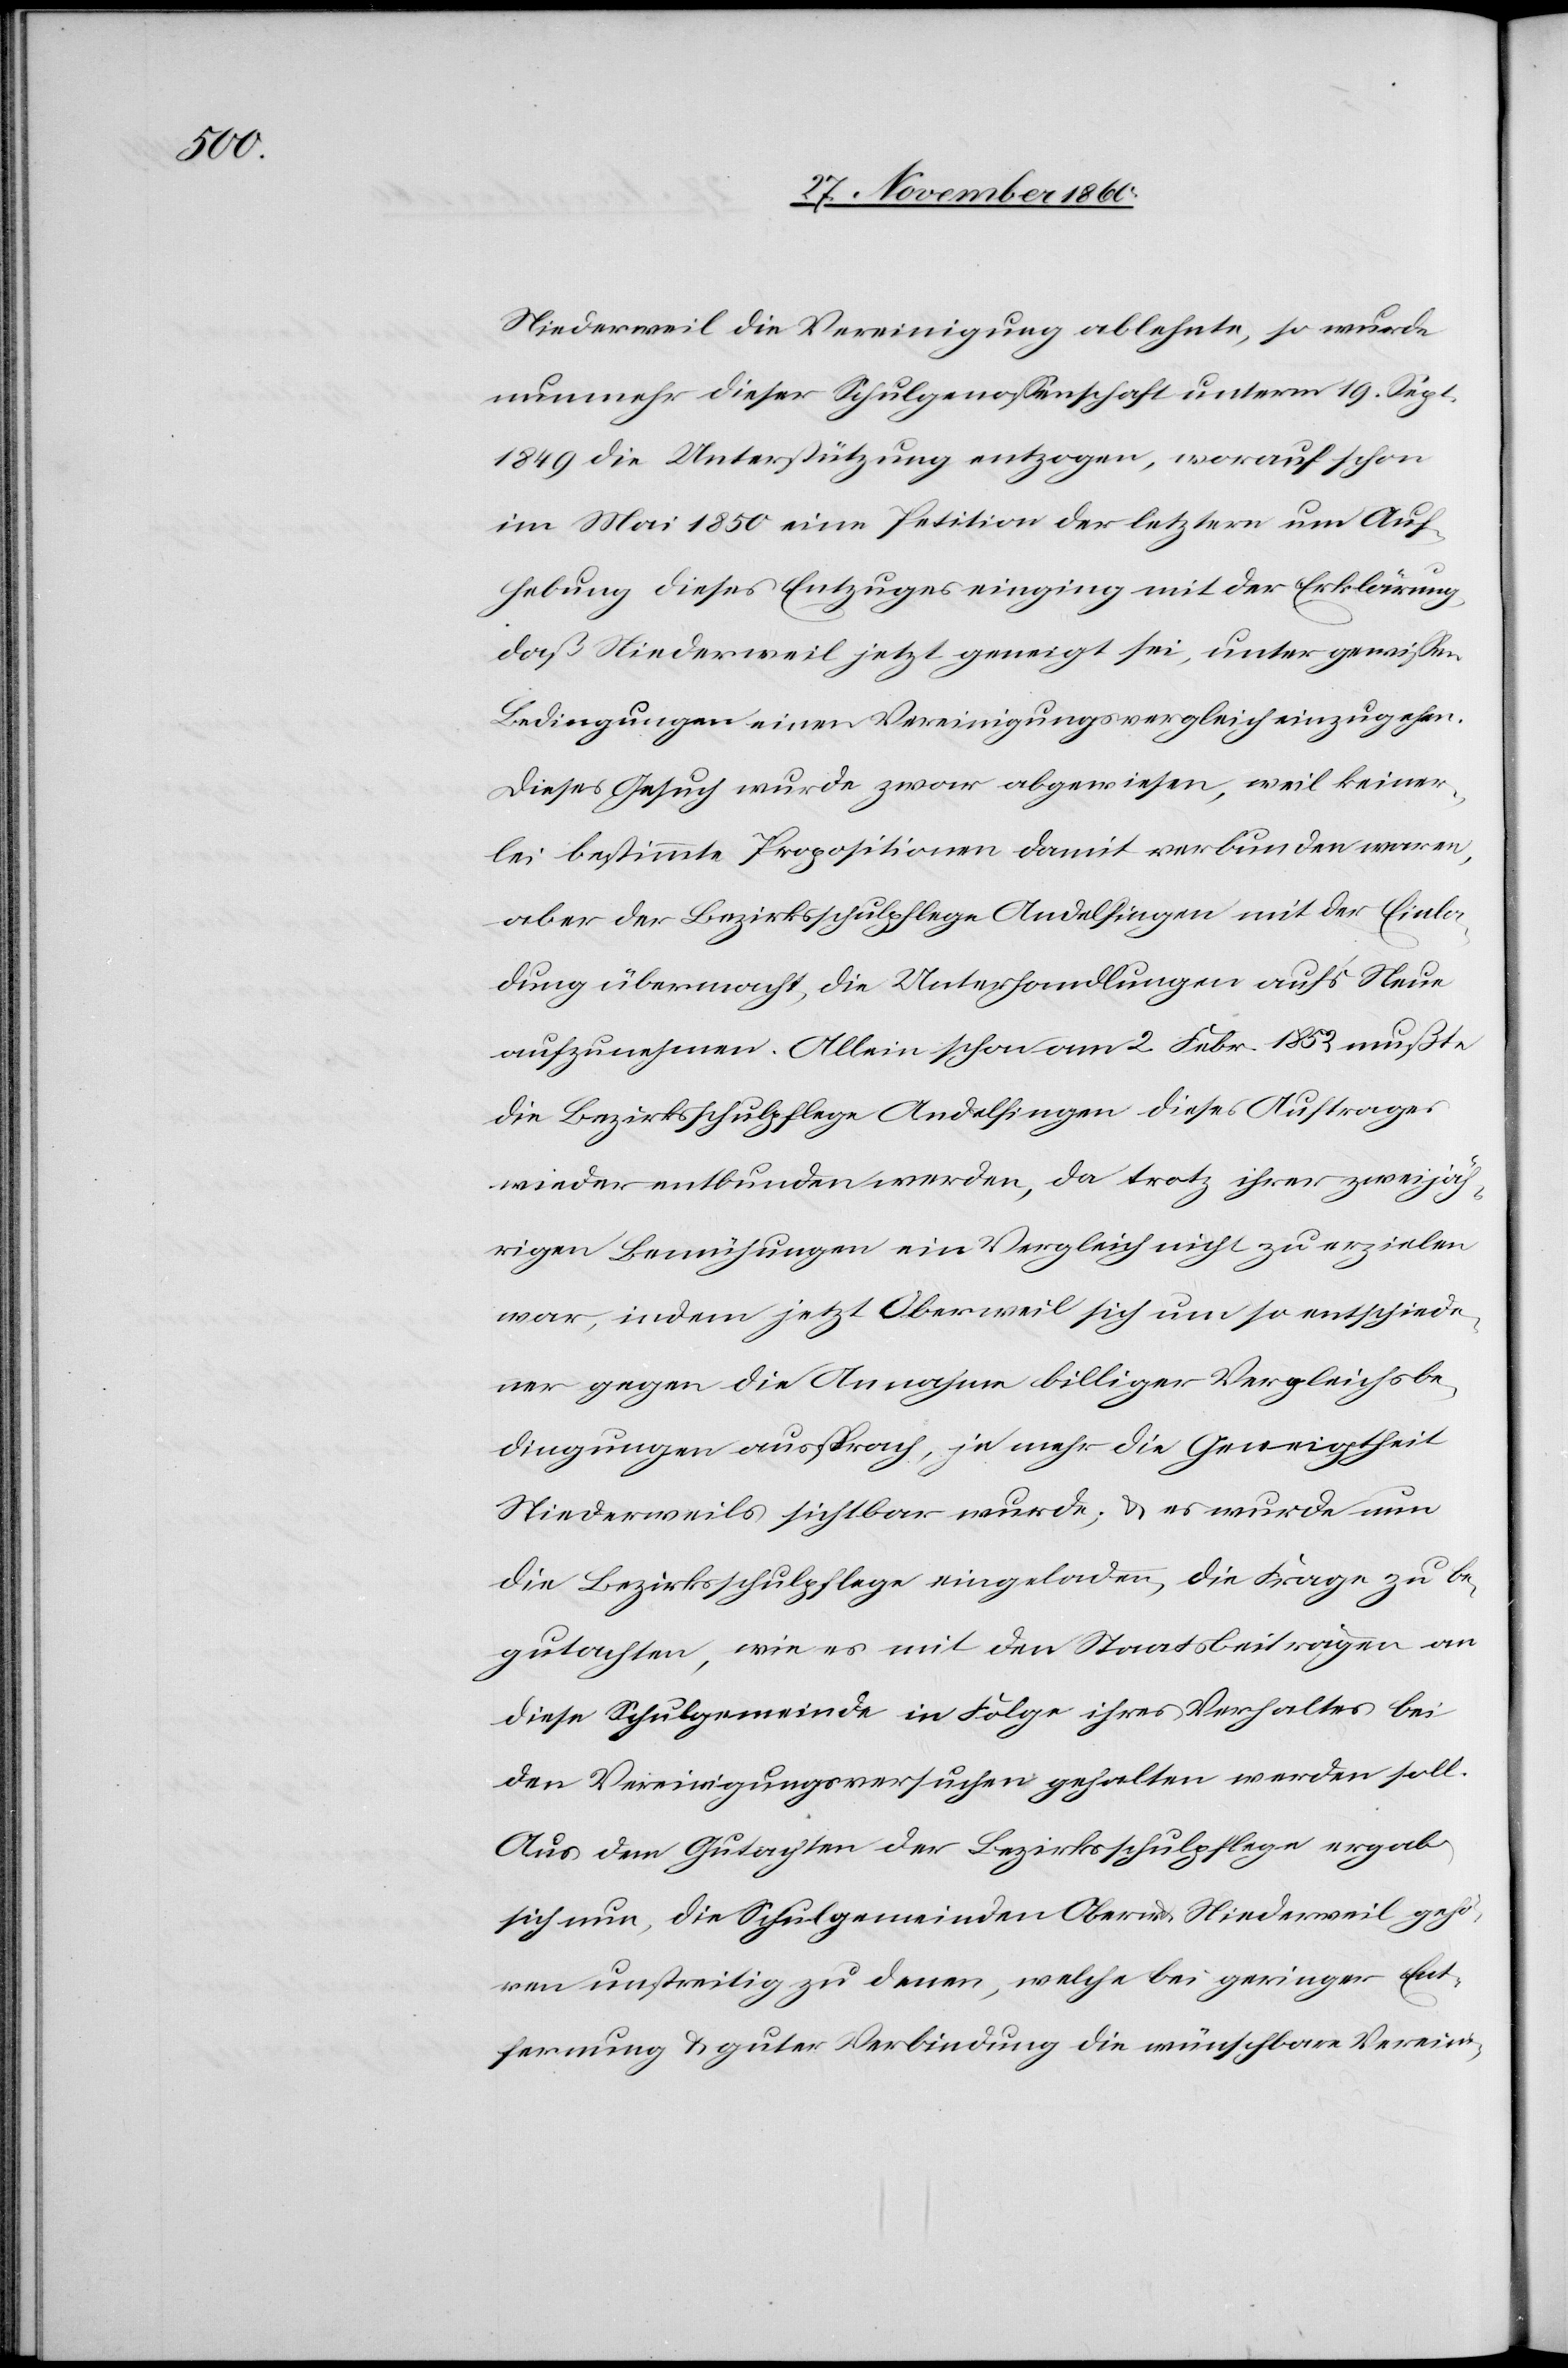
Niederweil die Vereinigung ablehnte, so wurde
nunmehr dieser Schulgenossenschaft unterm 19. Sept.
1849 die Unterstützung entzogen, worauf schon
im Mai 1850 eine Petition der letztern um Auf¬
hebung dieses Entzuges einging mit der Erklärung,
daß Niederweil jetzt geneigt sei, unter gewissen
Bedingungen einen Vereinigungsvergleich einzugehen.
Dieses Gesuch wurde zwar abgewiesen, weil keiner¬
lei bestimmte Propositionen damit verbunden waren,
aber der Bezirksschulpflege Andelfingen mit der Einla¬
dung übermacht, die Unterhandlungen auf’s Neue
aufzunehmen. Allein schon am 2. Febr. 1852 mußte
die Bezirksschulpflege Andelfingen dieses Auftrages
wieder entbunden werden, da trotz ihrer zweijäh¬
rigen Bemühungen ein Vergleich nicht zu erzielen
war, indem jetzt Oberweil sich um so entschiede¬
ner gegen die Annahme billiger Vergleichsbe¬
dingungen aussprach, je mehr die Geneigtheit
Niederweils sichtbar wurde; u. es wurde nun
die Bezirksschulpflege eingeladen, die Frage zu be¬
gutachten, wie es mit den Staatsbeiträgen an
diese Schulgemeinde in Folge ihres Verhaltes bei
den Vereinigungsversuchen gehalten werden soll.
Aus dem Gutachten der Bezirksschulpflege ergab
sich nun, die Schulgemeinden Ober- u. Niederweil gehö¬
ren unstreitig zu denen, welche bei geringer Ent¬
fernung u. guter Verbindung die wünschbare Vereini-